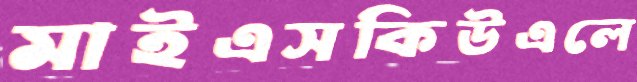
মাইএসকিউএলে